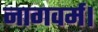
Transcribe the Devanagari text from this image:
नागवर्म।